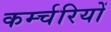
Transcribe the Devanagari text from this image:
कर्म्चरियों